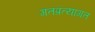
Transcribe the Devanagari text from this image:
गतप्रत्यागत